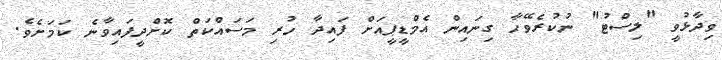
ވިދާޅުވީ "ލިސްޓު" ނުކުރެވޭހާ ގިނައިން އެމްޑީޕީއަށް ފައިދާ ހުރި މަސައްކަތް ކޮށްދީފައިވާނެ ކަމަށެވެ.